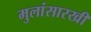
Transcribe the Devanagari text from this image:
मुलांसारखी